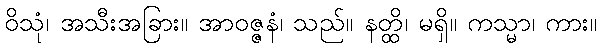
ဝိသုံ၊ အသီးအခြား။ အာဝဇ္ဇနံ၊ သည်။ နတ္ထိ၊ မရှိ။ ကသ္မာ၊ ကား။